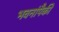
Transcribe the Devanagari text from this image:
भवनांपैकी